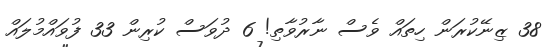
38 ޒިނޭކުރަން ހިތައް ވެސް ނާރުވާތި! 6 ދުވަސް ކުރިން 33 ފުވައްމުލައް